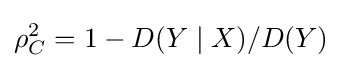
\rho _{C}^{2}=1-D(Y\mid X)/D(Y)